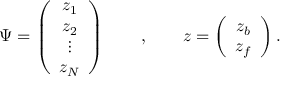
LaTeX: \Psi = \left( \begin{array} { c } { { z _ { 1 } } } \\ { { z _ { 2 } } } \\ { { \vdots } } \\ { { z _ { N } } } \end{array} \right) \qquad , \qquad z = \left( \begin{array} { c } { { z _ { b } } } \\ { { z _ { f } } } \end{array} \right) .